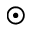
\odot